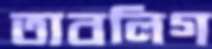
তাবলিগ